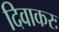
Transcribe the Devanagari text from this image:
दिवाकरः